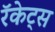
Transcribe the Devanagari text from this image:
रॅकेट्स